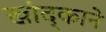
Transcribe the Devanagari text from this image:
खांद्काने